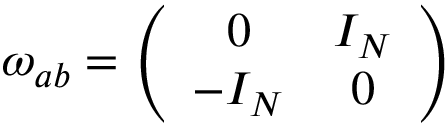
\omega _ { a b } = \left( \begin{array} { c c } { { 0 } } & { { I _ { N } } } \\ { { - I _ { N } } } & { { 0 } } \end{array} \right)